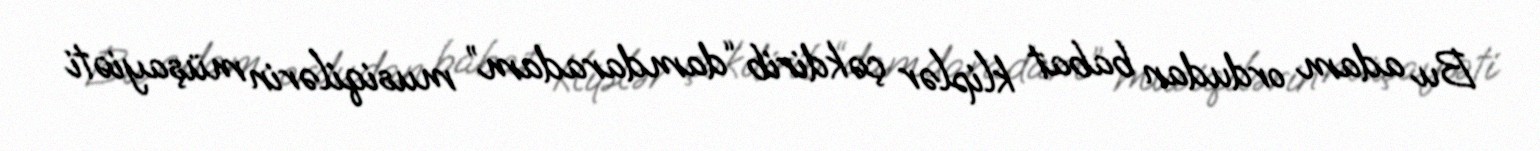
Bu adam ordudan babat kliplər çəkdirib “damdaradam” musiqilərin müşayiəti